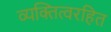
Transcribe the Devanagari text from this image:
व्यक्तित्वरहित